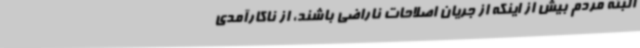
البته مردم بیش از اینکه از جریان اصلاحات ناراضی باشند، از ناکارآمدی